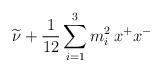
LaTeX: \begin{align*}{\widetilde \nu} + \frac{1}{12}\sum_{i=1}^3 m_i^2 \, x^+ x^-\end{align*}